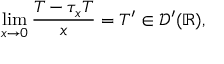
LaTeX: \operatorname* { l i m } _ { x \to 0 } { \frac { T - \tau _ { x } T } { x } } = T ^ { \prime } \in { \mathcal { D } } ^ { \prime } ( \mathbb { R } ) ,